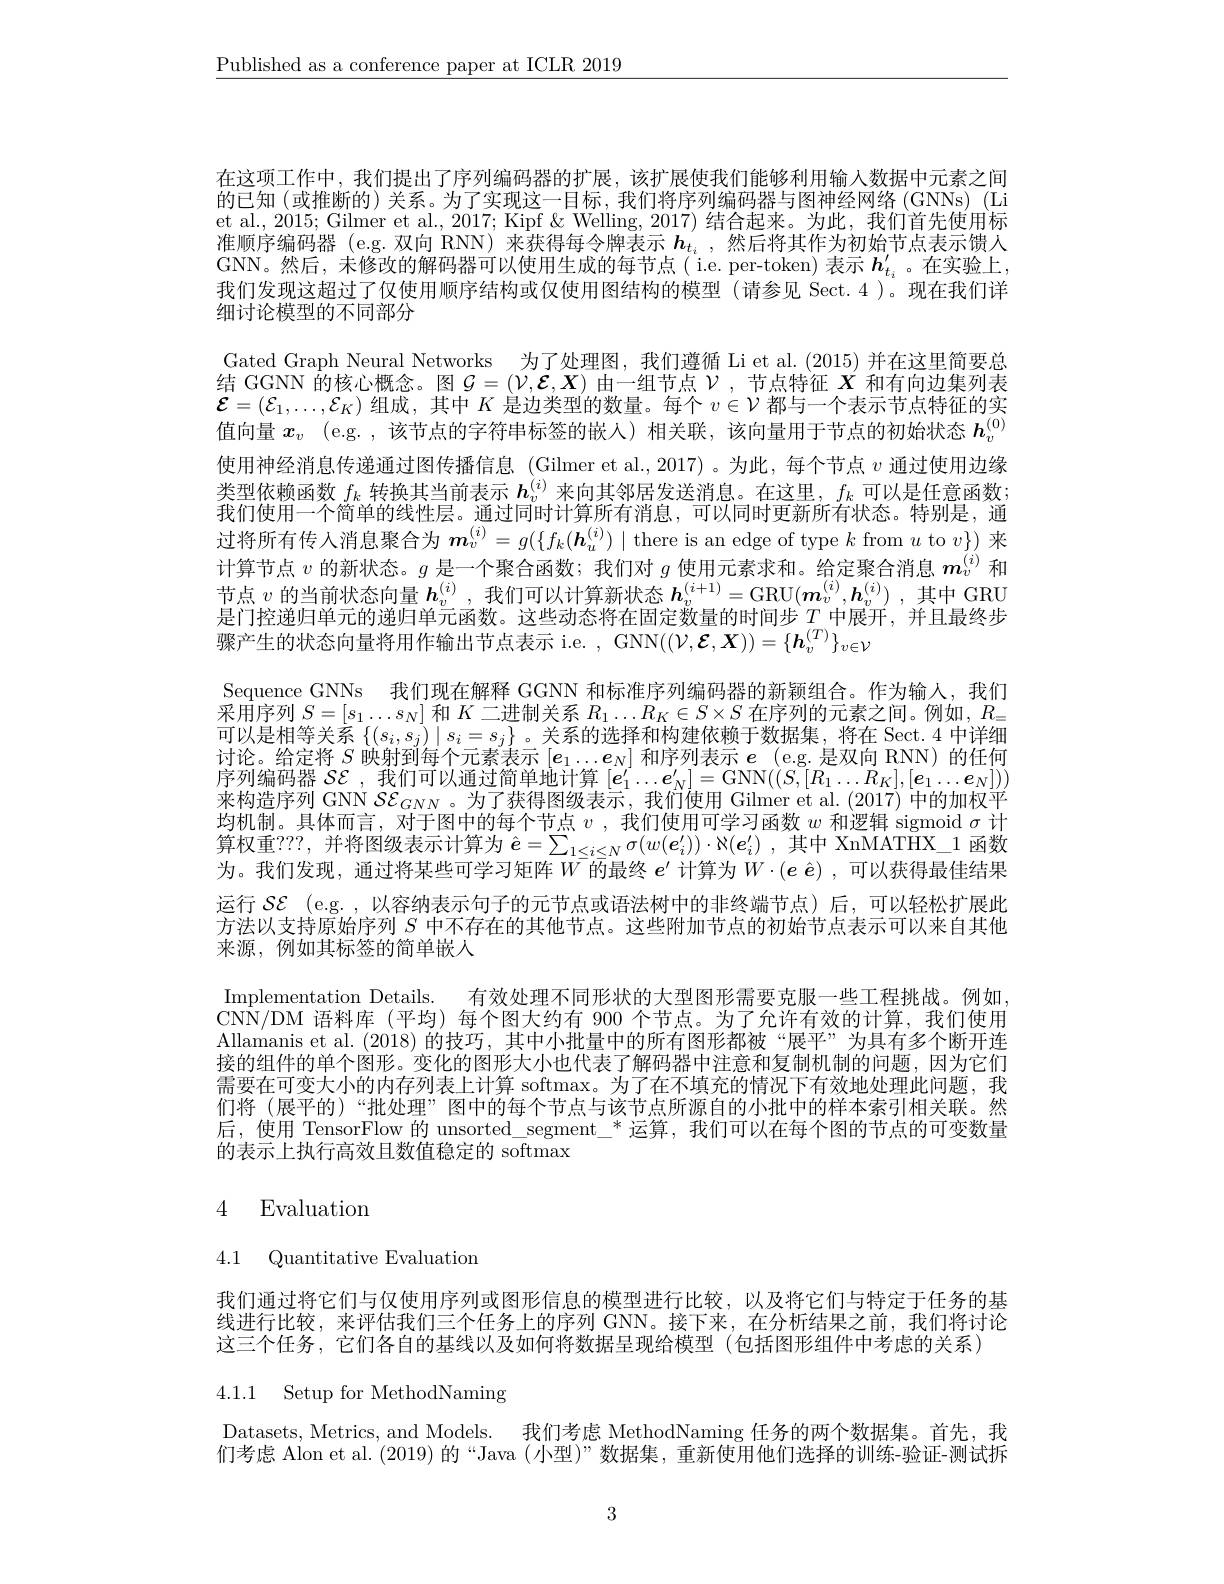
$\underline{\text{Published as a conference paper at ICLR 2019}}$

在这项工作中，我们提出了序列编码器的扩展，该扩展使我们能够利用输入数据中元素之间的已知(或推断的)关系。为了实现这一目标，我们将序列编码器与图神经网络(GNNs)(Li et al., 2015; Gilmer et al., 2017; Kipf & Welling, 2017) 结合起来。为此，我们首先使用标准顺序编码器 (e.g.双向 RNN) 来获得每令牌表示$h_{t_i}$ ,然后将其作为初始节点表示馈人GNN。然后，未修改的解码器可以使用生成的每节点( i.e. per-token) 表示$h_t_i^{\prime}$。在实验上， 我们发现这超过了仅使用顺序结构或仅使用图结构的模型(请参见 Sect.4)。现在我们详细讨论模型的不同部分
Gated Graph Neural Networks 为了处理图，我们遵循 Li et al.(2015) 并在这里简要总结 GGNN 的核心概念。图$\mathcal{G}=(\mathcal{V},\mathcal{E},\boldsymbol{X})$由一组节点$\mathcal{V}$ ,节点特征$X$和有向边集列表$\mathcal{E}=(\mathcal{E}_1,\ldots,\mathcal{E}_K)$组成，其中$K$是边类型的数量。每个$v\in\mathcal{V}$都与一个表示节点特征的实值向量$x_v$ (e.g. ,该节点的字符串标签的嵌人)相关联，该向量用于节点的初始状态$h_v^{(0)}$ 使用神经消息传递通过图传播信息 (Gilmer et al.,2017)。为此，每个节点$v$通过使用边缘类型依赖函数$f_k$转换其当前表示$h_v^{(i)}$来向其邻居发送消息。在这里，$f_k$可以是任意函数； 我们使用一个简单的线性层。通过同时计算所有消息，可以同时更新所有状态。特别是，通过将所有传人消息聚合为$\boldsymbol{m}_v^{(i)}=g(\{f_k(\boldsymbol{h}_u^{(i)})\mid$ there is an edge of type $k$ from $u$ to $v\})$来计算节点$v$的新状态。$g$是一个聚合函数；我们对$g$使用元素求和。给定聚合消息$m_v^{(i)}$和节点$v$的当前状态向量$\boldsymbol h_v^{(i)}$ ,我们可以计算新状态$\boldsymbol h_v^{(i+1)}=\operatorname{GRU}(\boldsymbol{m}_v^{(i)},\boldsymbol{h}_v^{(i)})$ ,其中 GRU 是门控递归单元的递归单元函数。这些动态将在固定数量的时间步$T_{\mathrm{~m}}$中展开，并且最终步骤产生的状态向量将用作输出节点表示 i.e. ,GNN$( ( \mathcal{V} , \mathcal{E} , \boldsymbol{X}) ) = \{ \boldsymbol{h}_v^{( T) }\} _{v\in \mathcal{V} }$
Sequence GNNs 我们现在解释 GGNN 和标准序列编码器的新颖组合。作为输人，我们采用序列$S=[s_1\ldots s_N]$和$K$二进制关系$R_1\ldots R_K\in S\times S$在序列的元素之间。例如$,R_{=}$ 可以是相等关系$\{(s_i,s_j)\mid s_i=s_j\}$ 。关系的选择和构建依赖于数据集，将在 Sect.4 中详细讨论。给定将$S$映射到每个元素表示$[e_1\ldots e_N]$和序列表示$e$ (e.g.是双向 RNN)的任何序列编码器$\mathcal{SE}$ ,我们可以通过简单地计算$[\boldsymbol e_1^{\prime}\ldots\boldsymbol e_N^{\prime}]=$GNN$((\bar{S},[R_1\ldots R_K],[\boldsymbol{e}_1\ldots\boldsymbol{e}_N]))$ 来构造序列 GNN $\mathcal{S}\mathcal{E}_GNN$。为了获得图级表示，我们使用 Gilmer et al. (2017)中的加权平均机制。具体而言，对于图中的每个节点$v$ ,我们使用可学习函数$w$和逻辑 sigmoid $\sigma$计算权重？??,并将图级表示计算为$\hat{\boldsymbol{e}}=\sum_1\leq i\leq N\sigma(w(\boldsymbol{e}_i^{\prime}))\cdot\aleph(\boldsymbol{e}_i^{\prime})$,其中 XnMATHX\_1函数为。我们发现，通过将某些可学习矩阵$\bar{W^{-}\text{的最终 }e^{\prime}\text{ 计算为 }W}\cdot(e\hat{e})$,可以获得最佳结果运行$\mathcal{SE}$ (e.g.,以容纳表示句子的元节点或语法树中的非终端节点)后，可以轻松扩展此方法以支持原始序列$S$中不存在的其他节点。这些附加节点的初始节点表示可以来自其他来源，例如其标签的简单嵌人
Implementation Details. 有效处理不同形状的大型图形需要克服一些工程挑战。例如CNN/DM 语料库 (平均)每个图大约有 900 个节点。为了允许有效的计算，我们使用Allamanis et al. (2018) 的技巧，其中小批量中的所有图形都被“展平”为具有多个断开连接的组件的单个图形。变化的图形大小也代表了解码器中注意和复制机制的问题，因为它们需要在可变大小的内存列表上计算 softmax。为了在不填充的情况下有效地处理此问题，我们将 (展平的)“批处理” 图中的每个节点与该节点所源自的小批中的样本索引相关联。然后，使用 TensorFlow 的 unsorted\_segment\_*运算，我们可以在每个图的节点的可变数量的表示上执行高效且数值稳定的 softmax

# 4 Evaluation

4.1 Quantitative Evaluation

我们通过将它们与仅使用序列或图形信息的模型进行比较，以及将它们与特定于任务的基线进行比较，来评估我们三个任务上的序列 GNN。接下来，在分析结果之前，我们将讨论这三个任务，它们各自的基线以及如何将数据呈现给模型(包括图形组件中考虑的关系)

4.1.1 Setup for MethodNaming

Datasets, Metrics, and Models. 我们考虑 MethodNaming 任务的两个数据集。首先，我们考虑 Alon et al. (2019) 的“Java (小型)”数据集，重新使用他们选择的训练-验证-测试拆

3